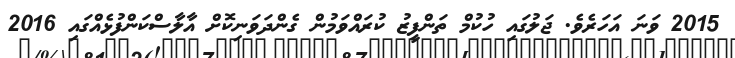
2015 ވަނަ އަހަރެވެ. ޖަލުގައި ހުކުމް ތަންފީޒު ކުރައްވަމުން ގެންދަވަނިކޮށް އާލާސްކަންފުޅެއްގައި 2016